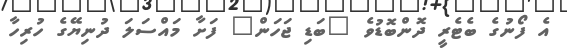
އެ ފޯނުގެ ބެޓެރީ ދޮންބޮޑުވެ "ބަޑި ޖަހަން" ފަށާ މައްސަލަ ދުނިޔޭގެ ހުރިހާ